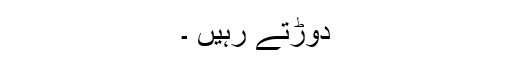
دوڑتے رہیں ۔